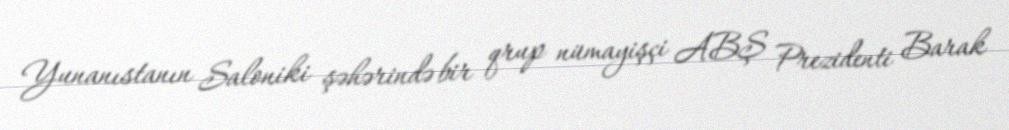
Yunanıstanın Saloniki şəhərində bir qrup nümayişçi ABŞ Prezidenti Barak